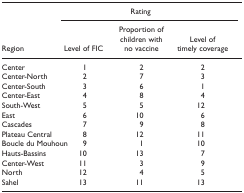
|  | <COLSPAN=3> Rating |
 | Region | Level of FIC | Proportion of children with no vaccine | Level of timely coverage |
 | --- | --- | --- | --- |
 | Center | 1 | 2 | 2 |
 | Center-North | 2 | 7 | 3 |
 | Center-South | 3 | 6 | 1 |
 | Center-East | 4 | 8 | 4 |
 | South-West | 5 | 5 | 12 |
 | East | 6 | 10 | 6 |
 | Cascades | 7 | 9 | 8 |
 | Plateau Central | 8 | 12 | 11 |
 | Boucle du Mouhoun | 9 | 1 | 10 |
 | Hauts-Bassins | 10 | 13 | 7 |
 | Center-West | 11 | 3 | 9 |
 | North | 12 | 4 | 5 |
 | Sahel | 13 | 11 | 13 |